Report on sanitation, dispensaries, and jails in Rajputana for 1914, and on vaccination for the year 1914-1915 - 1914-1915
Year: 1914
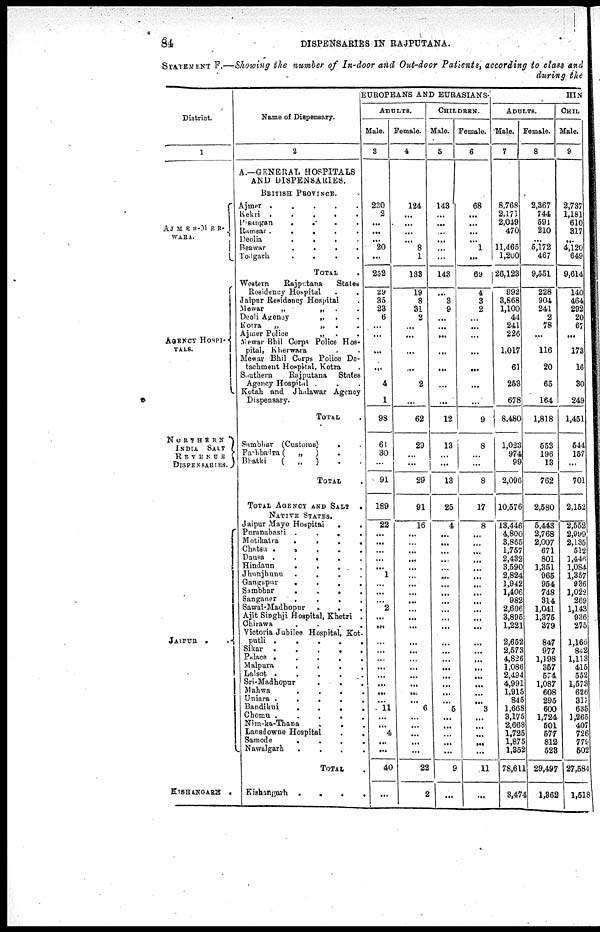
84
DISPENSARIES IN RAJPUTANA.
STATEMENT F.—Showing the number of In-door and Out-door Patients, according to class and
during the
District.
1
AJMER-MER¬
WARA.
AGENCY HOSPI¬
TALS.
NORTHERN
INDIA SALT
REVENUS
DISPENSARIES.
JAIPUR . .
KISHANGARH .
Name of Dispensary.
2
A.—GENERAL HOSPITALS
AND DISPENSARIES.
BRITISH PROVINCE.
Ajmer . . . . .
Kekri . . . . .
Pisangan
.
.
.
.
Ramsar .
.
.
.
.
Deolia
.
.
.
.
Beawar
.
.
.
.
Todgarh
.
.
.
.
TOTAL .
Western
Rajputana
States
Residency Hospital . .
Jaipur Residency Hospital .
Mewar
„
„ .
.
Deoli Agency
„ . .
Kotra
„
„ .
.
Ajmer Police
„ . .
Mewar Bhil Corps Police Hos¬
pital, Kherwara .
Mewar Bhil Corps Police De-
tachment Hospital, Kotra .
Southern Rajputana States
Agency Hospital . .
Kotah and Jhalawar Agency
Dispensary.
TOTAL .
Sambhar (Customs)
. .
Pachbadra (
„
) .
Bhatki
(
„
) . .
TOTAL .
TOTAL AGENCY AND SALT .
NATIVE STATES.
Jaipur Mayo Hospital
. .
Puranabasti .
.
.
.
Motikatra
.
.
.
.
Chatsu
.
. . . .
Dausa .
.
.
.
.
Hindaun
.
.
. . .
Jhunjhunu
.
.
.
.
Gangapur
.
.
.
.
Sambhar
.
.
.
.
Sanganer
.
.
.
.
Sawai-Madhopur
.
. .
Ajit Singhji Hospital, Khetri .
Chirawa
.
.
.
.
Victoria Jubilee Hospital, Kot¬
putli .
.
.
.
.
Sikar .
.
.
.
.
Palace . . . . .
Malpura
.
.
.
.
Lalsot .
.
.
.
.
Sri-Madhopur
.
. .
Mahwa
.
.
.
.
Uniara .
.
.
.
.
Bandikui
.
.
.
.
Chomu .
.
.
.
.
Nim-ka-Thana
.
. .
Lansdowne Hospital
.
.
Samode
.
.
.
.
Nawalgarh
.
.
.
.
TOTAL .
Kishangarh
.
.
.
.
EUROPEANS AND EURASIANS.
ADULTS.
Male.
3
220
2
...
...
...
20
...
252
29
35
23
6
...
...
...
...
4
1
98
61
30
...
91
189
22
...
...
...
...
...
1
...
...
...
2
...
...
...
...
...
...
...
...
...
...
11
...
...
4
...
...
40
...
Female.
4
124
...
...
...
...
8
1
133
19
8
31
2
...
...
...
...
2
...
62
29
...
...
29
91
16
...
...
...
...
...
...
...
...
...
...
...
...
...
...
...
...
...
...
...
...
6
...
...
...
...
...
22
2
CHILDREN.
Male.
5
143
...
...
...
...
...
...
143
...
3
9
...
...
...
...
...
...
...
12
13
...
...
13
25
4
...
...
...
...
...
...
...
...
...
...
...
...
...
...
...
...
...
...
...
...
5
...
...
...
...
...
9
...
Female.
6
68
...
...
...
...
1
...
69
4
3
2
...
...
...
...
...
...
...
9
8
...
...
8
17
8
...
...
...
...
...
...
...
...
...
...
...
...
...
...
...
...
...
...
...
...
3
...
...
...
...
...
11
...
HIN
ADULTS.
Male.
7
8,768
2,171
2,049
470
11,465
1,200
26,123
992
3,868
1,100
44
241
226
1,017
61
253
678
8,480
1,023
974
99
2,096
10,576
13,446
4,800
3,865
1,757
2,432
3,590
2,824
1,942
1,406
982
2,606
3,895
1,221
2,652
2,573
4,826
1,086
2,494
4,991
1,915
845
1,668
3,175
2,668
1,725
1,875
1,352
78,611
3,474
Female.
8
2,367
744
591
210
...
5,172
467
9,551
228
904
241
2
78
...
116
20
65
164
1,818
553
196
13
762
2,580
5,443
2,768
2,007
671
801
1,351
965
954
748
314
1,041
1,375
379
847
977
1,198
357
574
1,087
608
295
600
1,724
501
577
812
528
29,497
1,362
CHIL
Male.
9
2,737
1,181
610
317
...
4,120
649
9,614
140
464
292
20
67
...
173
16
30
249
1,451
544
157
...
701
2,152
2,552
2,999
2,135
512
1,446
1,084
1,357
936
1,022
269
1,143
936
275
l,166
842
1,113
415
552
1,573
626
317
635
1,265
407
726
779
502
27,584
1,518